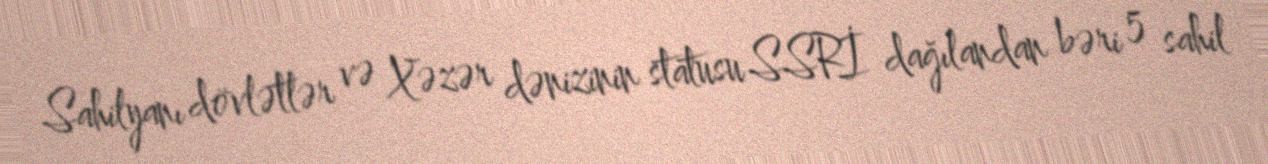
Sahilyanı dövlətlər və Xəzər dənizinin statusu SSRİ dağılandan bəri 5 sahil